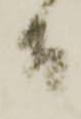
間